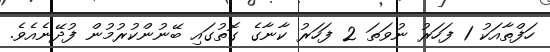
ހަފްތާއަކު 1 ފަހަރު ނުވަތަ 2 ފަހަރު ކާނާގެ ގޮތުގައި ބޭނުންކުރުމުން ފުދޭނެއެވެ.